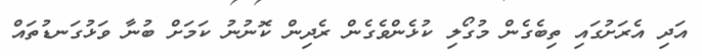
އަދި އެރަށުގައި ތިބެގެން މުގޯލި ކުޅެންވެގެން ރެދިން ކޮނުނު ކަމަށް ބުނާ ވަޅުގަނޑުތައް